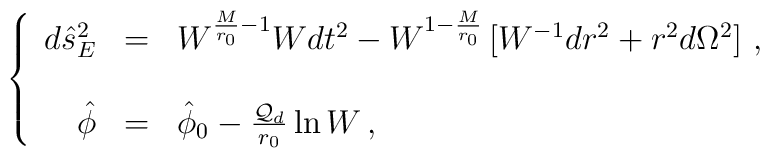
\left\{\begin{array}{rcl}d\hat{s}^{2}_{E} & = & W^{\frac{M}{r_{0}}-1}Wdt^{2}-W^{1-\frac{M}{r_{0}}}\left[ W^{-1}dr^{2} +r^{2}d\Omega^{2}\right]\, ,  \\& & \\\hat{\phi} & = & \hat{\phi}_{0} -\frac{{\cal Q}_{d}}{r_{0}}\ln W\, ,\\\end{array}\right.